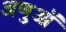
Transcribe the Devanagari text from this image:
अणुऑ